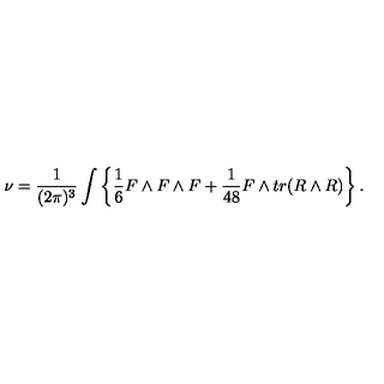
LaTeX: \nu = { \frac { 1 } { ( 2 \pi ) ^ { 3 } } } \int \left\{ { \frac { 1 } { 6 } } F \wedge F \wedge F + { \frac { 1 } { 4 8 } } F \wedge t r ( R \wedge R ) \right\} .